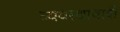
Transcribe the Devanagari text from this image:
व्यवस्थावादी